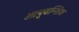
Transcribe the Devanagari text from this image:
आनुवन्शिक